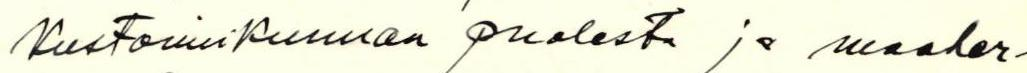
Kustoimikunnan puolesta ja maaher-